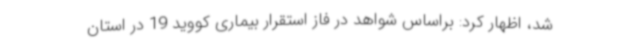
شد، اظهار کرد: براساس شواهد در فاز استقرار بیماری کووید 19 در استان